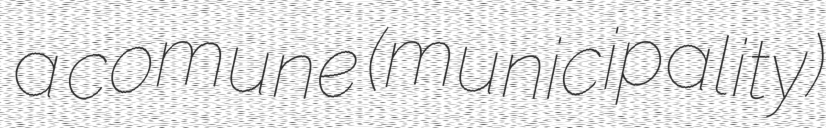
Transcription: a comune (municipality)